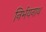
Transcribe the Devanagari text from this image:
निर्भयनाथ